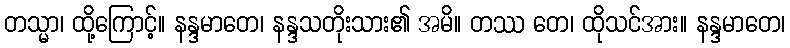
တသ္မာ၊ ထို့ကြောင့်။ နန္ဒမာတေ၊ နန္ဒသတိုးသား၏ အမိ။ တဿ တေ၊ ထိုသင်အား။ နန္ဒမာတေ၊